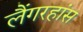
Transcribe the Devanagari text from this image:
लैंगरहांस